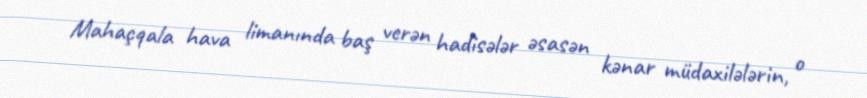
Mahaçqala hava limanında baş verən hadisələr əsasən kənar müdaxilələrin, o